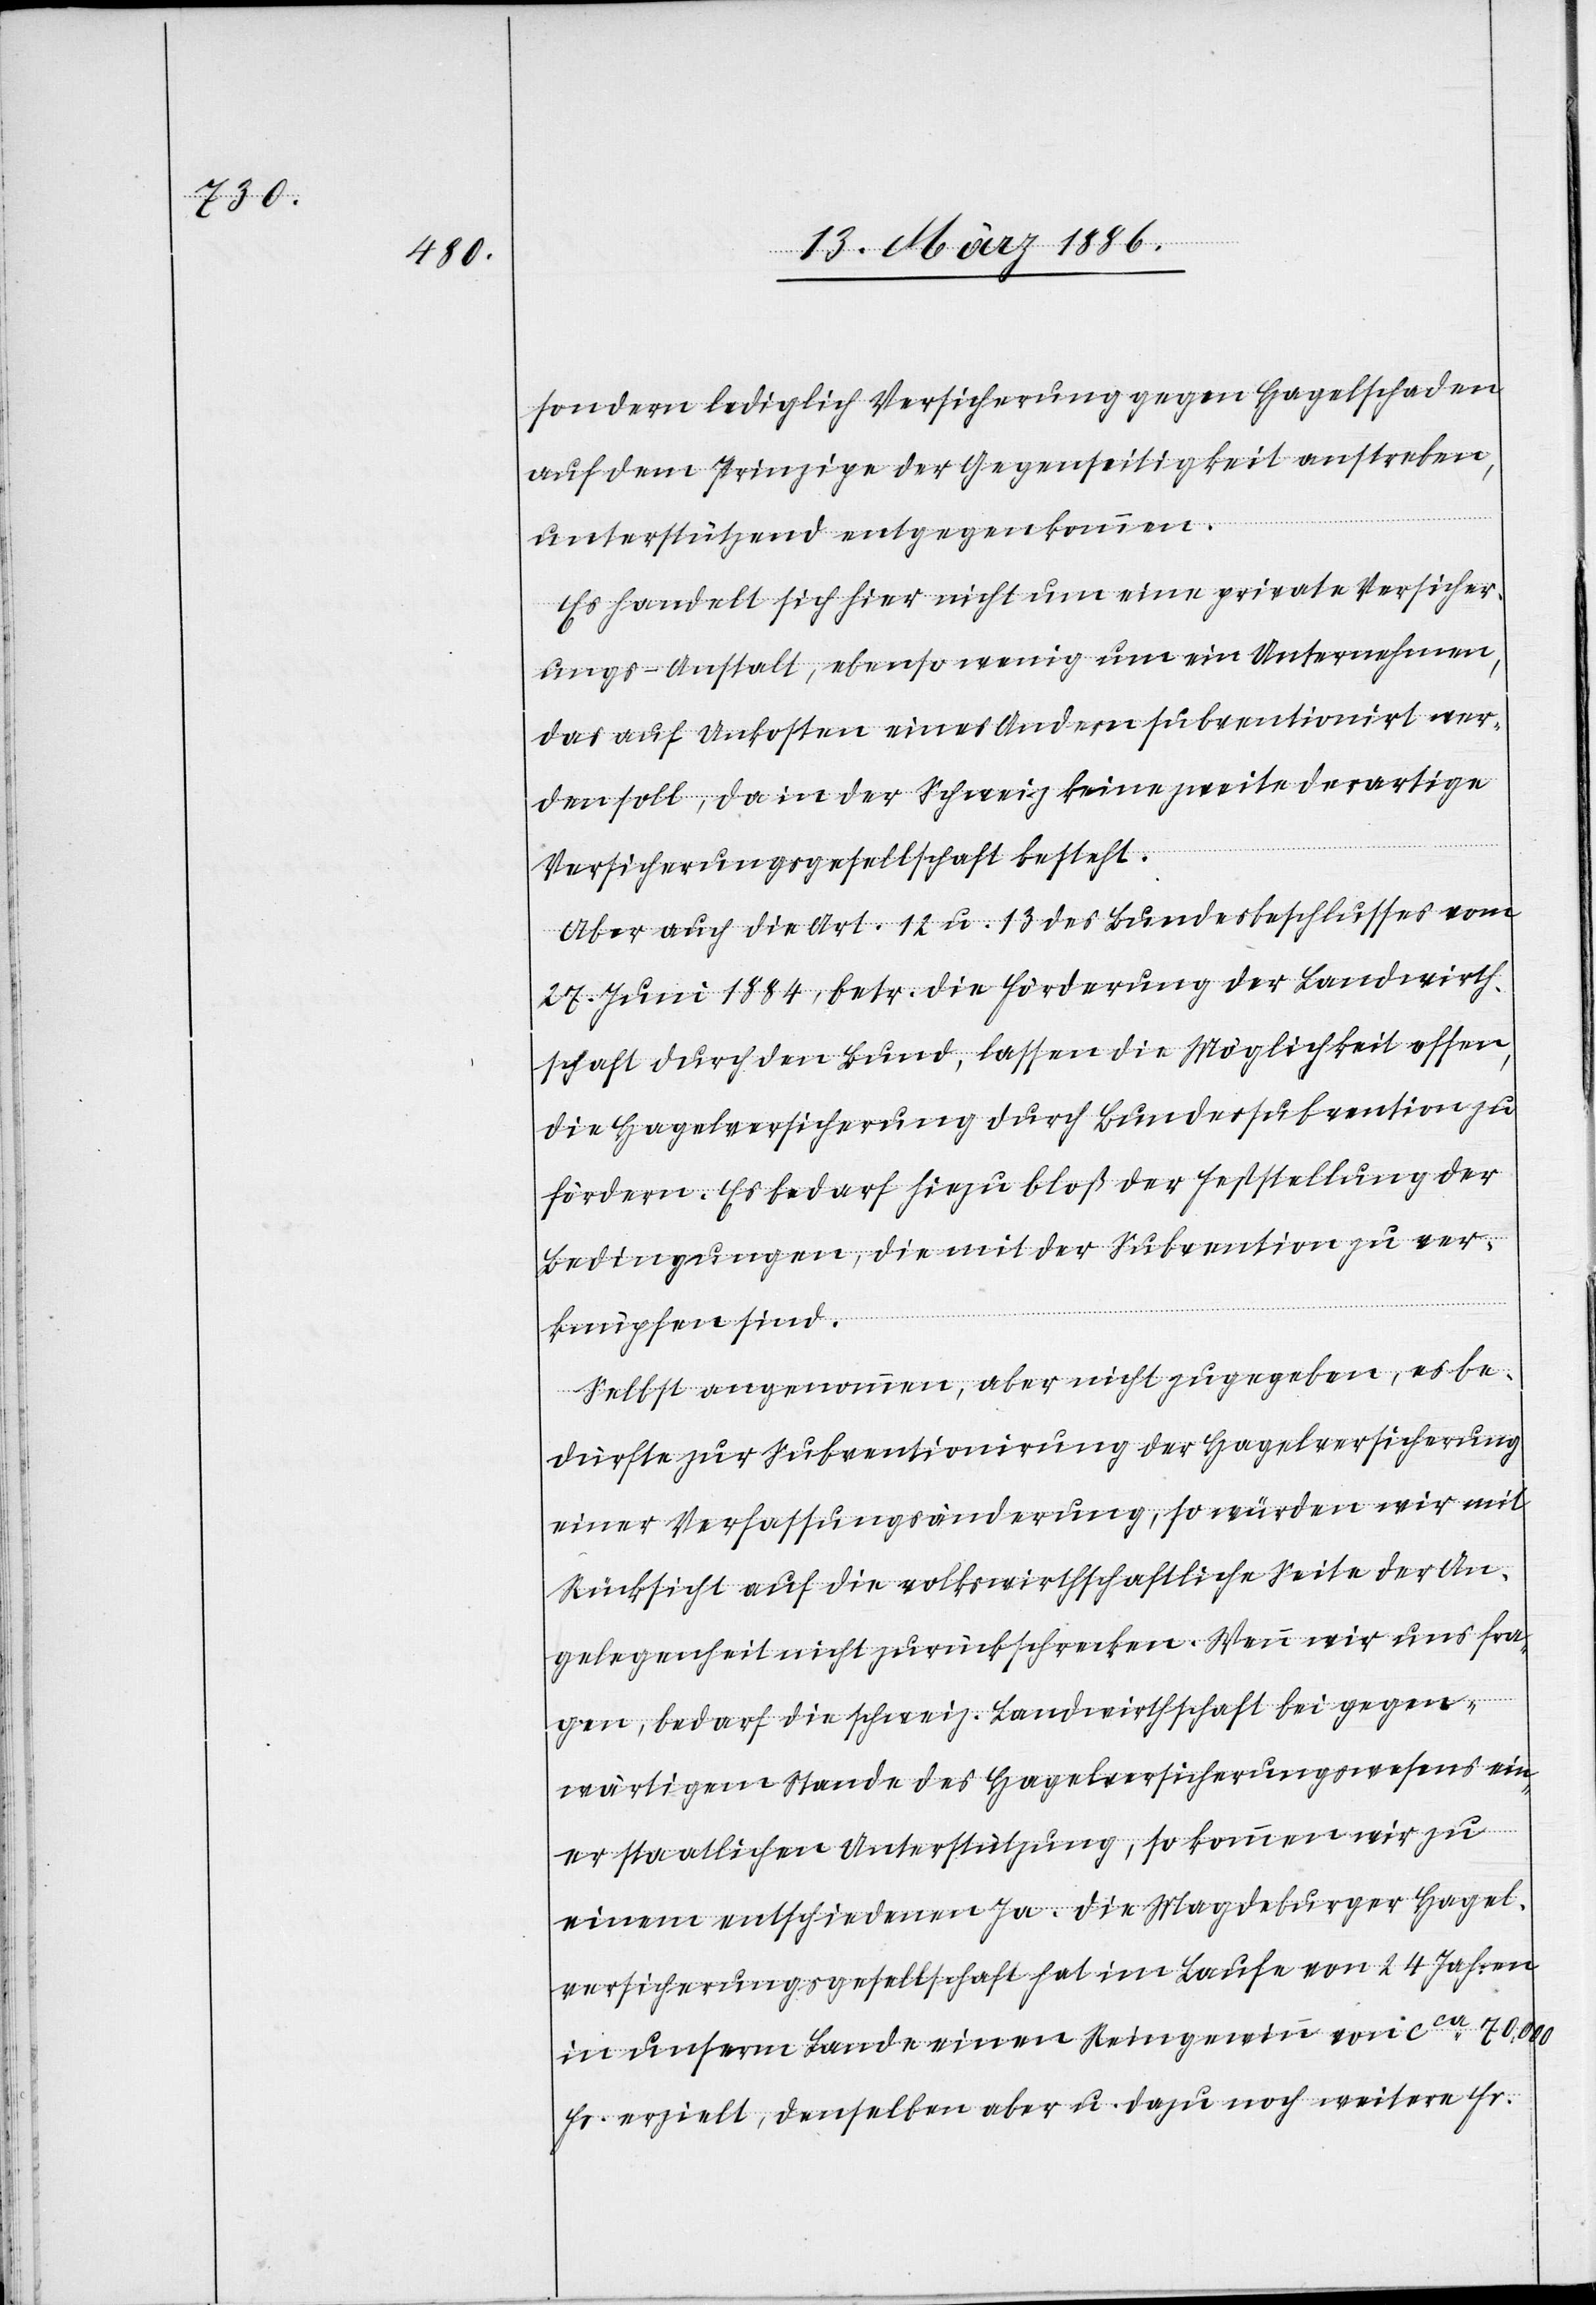
sondern lediglich Versicherung gegen Hagelschaden
auf dem Prinzipen der Gegenseitigkeit anstreben,
unterstützend entgegenkommen.
Es handelt sich hier nicht um eine private Versicher¬
ungs-Anstalt, ebenso wenig um ein Unternehmen,
das auf Unkosten eines Andern subventionirt wer¬
den soll, da in der Schweiz keine zweite derartige
Versicherungsgesellschaft besteht.
Aber auch die Art. 12 u. 13 des Bundesbeschlusses vom
27. Juni 1884, betr. die Förderung der Landwirth¬
schaft durch den Bund, lassen die Möglichkeit offen,
die Hagelversicherung durch Bundessubvention zu
fördern. Es bedarf hiezu bloß der Feststellung der
Bedingungen, die mit der Subvention zu ver¬
knüpfen sind.
Selbst angenommen, aber nicht zugegeben, es be¬
dürfte zur Subventionierung der Hagelversicherung
einer Verfassungsänderung, so würden wir mit
Rücksicht auf die volkswirthschaftliche Seite der An¬
gelegenheit nicht zurückschrecken. Wenn wir uns fra¬
gen, bedarf die schweiz. Landwirtschaft bei gegen¬
wärtigem Stande des Hagelversicherungswesens ein¬
er staatlichen Unterstützung, so kommen wir zu
einem entschiedenen Ja. Die Magdeburger Hagel¬
versicherungsgesellschaft hat im Laufe von 24 Jahren
in unserm Lande einen Reingewinn von cca. 70,000
Fr. erzielt, denselben aber u. dazu noch weitere Fr.